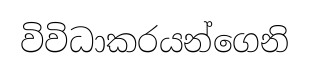
විවිධාකරයන්ගෙනි